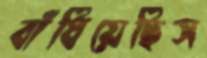
বাঁধিয়েছিস